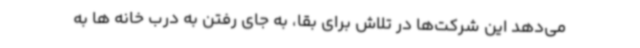
می‌دهد این شرکت‌ها در تلاش برای بقا، به جای رفتن به درب خانه ها به